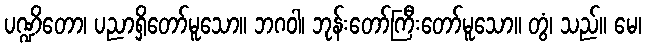
ပဏ္ဍိတော၊ ပညာရှိတော်မူသော။ ဘဂဝါ၊ ဘုန်းတော်ကြီးတော်မူသော။ တွံ၊ သည်။ မေ၊